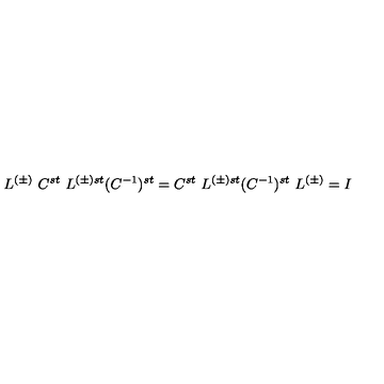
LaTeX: L ^ { ( \pm ) } \ C ^ { s t } \ L ^ { ( \pm ) s t } ( C ^ { - 1 } ) ^ { s t } = C ^ { s t } \ L ^ { ( \pm ) s t } ( C ^ { - 1 } ) ^ { s t } \ L ^ { ( \pm ) } = I